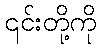
၎င်းတို့ကို